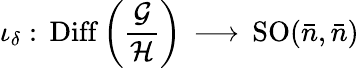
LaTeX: \iota_{\delta}:\, \mathrm{Diff}\left({\frac{\cal G}{\cal H}}\right)\, \longrightarrow\, \mathrm{SO}({\bar{n}},{\bar{n}})